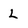
Character: L